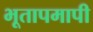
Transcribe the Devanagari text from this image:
भूतापमापी